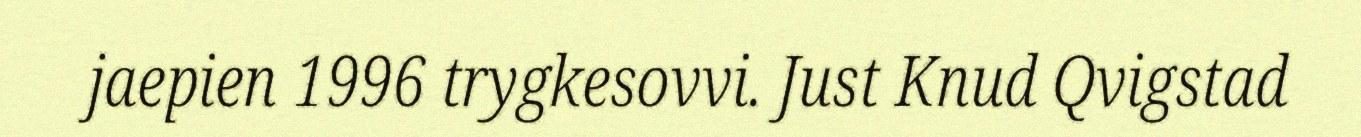
jaepien 1996 trygkesovvi. Just Knud Qvigstad